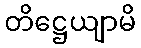
တိဋ္ဌေယျာမိ